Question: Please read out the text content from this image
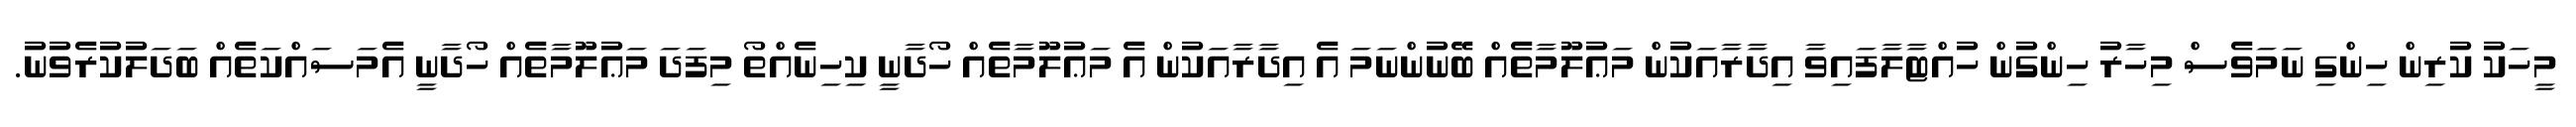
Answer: މީހަކު ކުރިން ހިންގި ނަމަވެސް މިހާރު ހިންގުން ހުއްޓާލާފައިވާ އިދާރާއަކުން މަޢުލޫމާތެއް ބޭނުންނަމަ އެ އިދާރާއަކުން އެ މަޢުލޫމާތެއް ހޯދާނީ ކިހިނެއްތޯ މިފަދަ މަޢުލޫމާތެއް ހޯދާނީ އެމަސައްކަތެއް ބަދަލުކުރެވުނު.